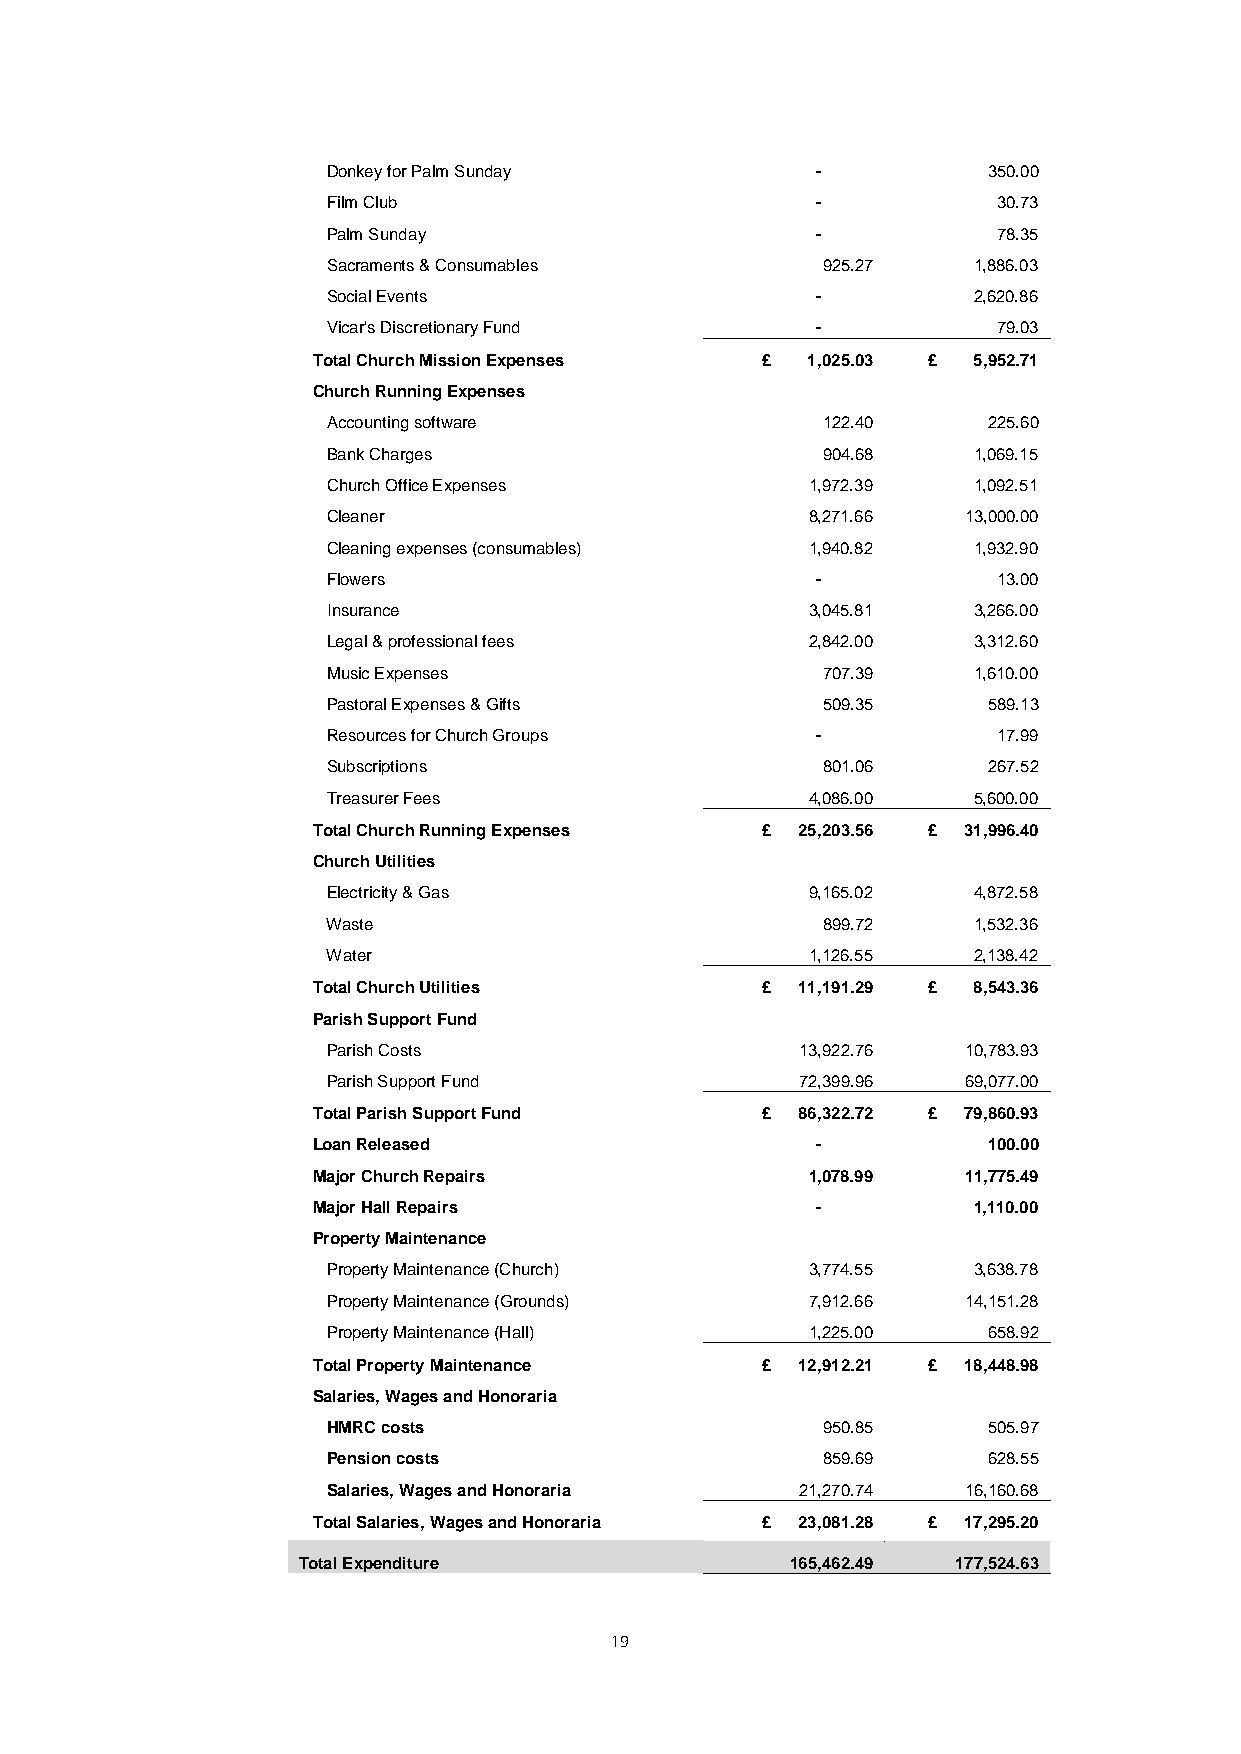
Donkey for Palm Sunday          -          350.00
 Film Club                       -           30.73
 Palm Sunday                     -           78.35
 Sacraments & Consumables        925.27    1,886.03
 Social Events                   -         2,620.86
 Vicar's Discretionary Fund      -           79.03
 Total Church Mission Expenses £ 1,025.03 £ 5,952.71
 Church Running Expenses
 Accounting software             122.40     225.60
 Bank Charges                    904.68    1,069.15
 Church Office Expenses          1,972.39  1,092.51
 Cleaner                         8,271.66  13,000.00
 Cleaning expenses (consumables) 1,940.82  1,932.90
 Flowers                         -           13.00
 Insurance                       3,045.81  3,266.00
 Legal & professional fees       2,842.00  3,312.60
 Music Expenses                  707.39    1,610.00
 Pastoral Expenses & Gifts       509.35     589.13
 Resources for Church Groups     -           17.99
 Subscriptions                   801.06     267.52
 Treasurer Fees                  4,086.00  5,600.00
 Total Church Running Expenses £ 25,203.56 £ 31,996.40
 Church Utilities
 Electricity & Gas               9,165.02  4,872.58
 Waste                           899.72    1,532.36
 Water                           1,126.55  2,138.42
 Total Church Utilities       £  11,191.29 £ 8,543.36
 Parish Support Fund
 Parish Costs                   13,922.76  10,783.93
 Parish Support Fund            72,399.96  69,077.00
 Total Parish Support Fund    £  86,322.72 £ 79,860.93
 Loan Released                    -          100.00
 Major Church Repairs             1,078.99  11,775.49
 Major Hall Repairs               -         1,110.00
 Property Maintenance
 Property Maintenance (Church)   3,774.55  3,638.78
 Property Maintenance (Grounds)  7,912.66  14,151.28
 Property Maintenance (Hall)     1,225.00   658.92
 Total Property Maintenance   £  12,912.21 £ 18,448.98
 Salaries, Wages and Honoraria
 HMRC costs                      950.85     505.97
 Pension costs                   859.69     628.55
 Salaries, Wages and Honoraria  21,270.74  16,160.68
 Total Salaries, Wages and Honoraria £ 23,081.28 £ 17,295.20
 Total Expenditure               165,462.49 177,524.63
 19